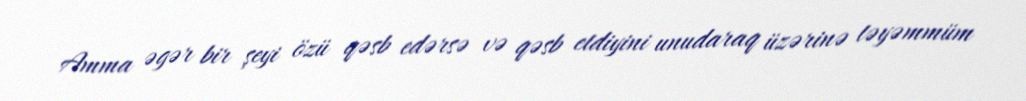
Amma əgər bir şeyi özü qəsb edərsə və qəsb etdiyini unudaraq üzərinə təyəmmüm